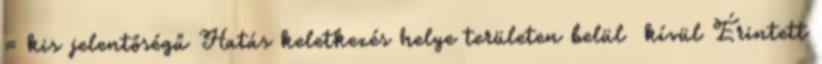
= kis jelentőségű Hatás keletkezés helye területen belül kívül Érintett